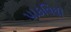
પાકવિધી